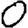
Digit: 0